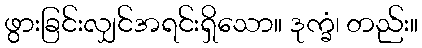
ဖွားခြင်းလျှင်အရင်းရှိသော။ ဒုက္ခံ၊ တည်း။